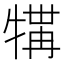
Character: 𪺲